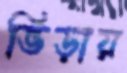
ভিড়ায়